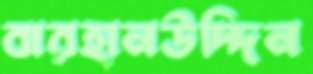
বারহানউদ্দিন